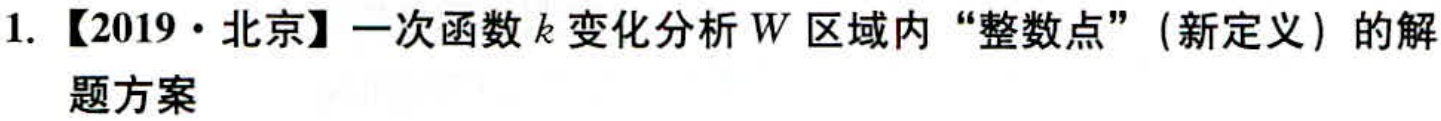
1. 【2019·北京】一次函数\(k\)变化分析\(W\)区域内“整数点”（新定义）的解题方案